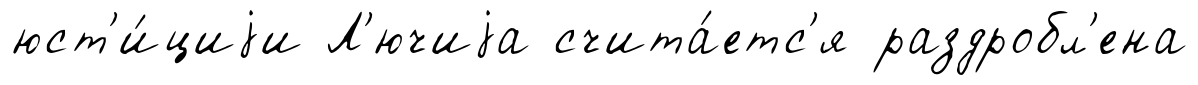
юст'и́циjи Л'ючиjа счита́етс'я раздробл'ена